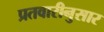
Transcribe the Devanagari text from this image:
प्रतवारीनुसार